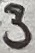
Text: 3